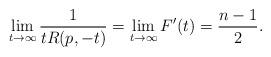
LaTeX: \begin{align*}\lim_{t\rightarrow\infty}\frac{1}{tR(p,-t)}=\lim_{t\rightarrow\infty}F^{\prime}(t)=\frac{n-1}{2}.\end{align*}